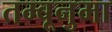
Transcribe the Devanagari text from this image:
तम्बूनुमा